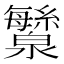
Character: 㶗